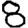
Digit: 8